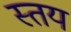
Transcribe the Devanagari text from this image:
स्तय